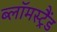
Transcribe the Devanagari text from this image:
ब्लॉमस्ट्रैंड